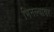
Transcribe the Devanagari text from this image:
भिनल्यावर